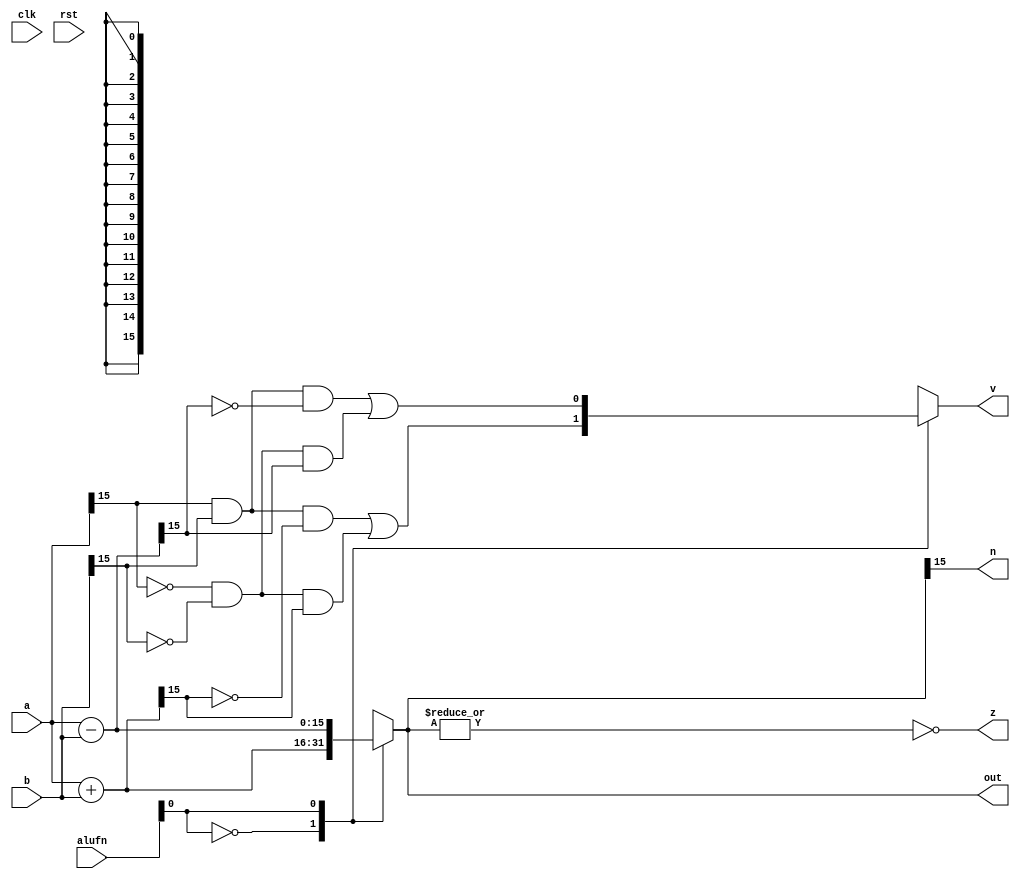
/*
   This file was generated automatically by the Mojo IDE version B1.3.6.
   Do not edit this file directly. Instead edit the original Lucid source.
   This is a temporary file and any changes made to it will be destroyed.
*/

module add_4 (
    input clk,
    input rst,
    input [5:0] alufn,
    input [15:0] a,
    input [15:0] b,
    output reg [15:0] out,
    output reg [0:0] v,
    output reg [0:0] z,
    output reg [0:0] n
  );
  
  
  
  reg [15:0] sum_intermediate;
  
  always @* begin
    
    case (alufn[0+0-:1])
      1'h0: begin
        sum_intermediate = a + b;
        v = (((a[15+0-:1]) & (b[15+0-:1]) & (~sum_intermediate[15+0-:1])) | ((~a[15+0-:1]) & (~b[15+0-:1]) & (sum_intermediate[15+0-:1])));
      end
      1'h1: begin
        sum_intermediate = a - b;
        v = (((a[15+0-:1]) & (b[15+0-:1]) & (~sum_intermediate[15+0-:1])) | ((~a[15+0-:1]) & (~b[15+0-:1]) & (sum_intermediate[15+0-:1])));
      end
      default: begin
        sum_intermediate = a + b;
        v = (((a[15+0-:1]) & (b[15+0-:1]) & (~sum_intermediate[15+0-:1])) | ((~a[15+0-:1]) & (~b[15+0-:1]) & (sum_intermediate[15+0-:1])));
      end
    endcase
    out = sum_intermediate[0+15-:16];
    z = (~|sum_intermediate);
    n = sum_intermediate[15+0-:1];
  end
endmodule